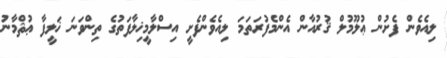
ލިއެވެން ފެށުން ޢުލޫމުލް ޤުރުއާން އެންމެފުރަތަމަ ލިއެވެންފެށީ އިސްލާމީޚިލާފަތުގެ ތިންވަނަ ޚަލީފާ ޢުޘްމާނު